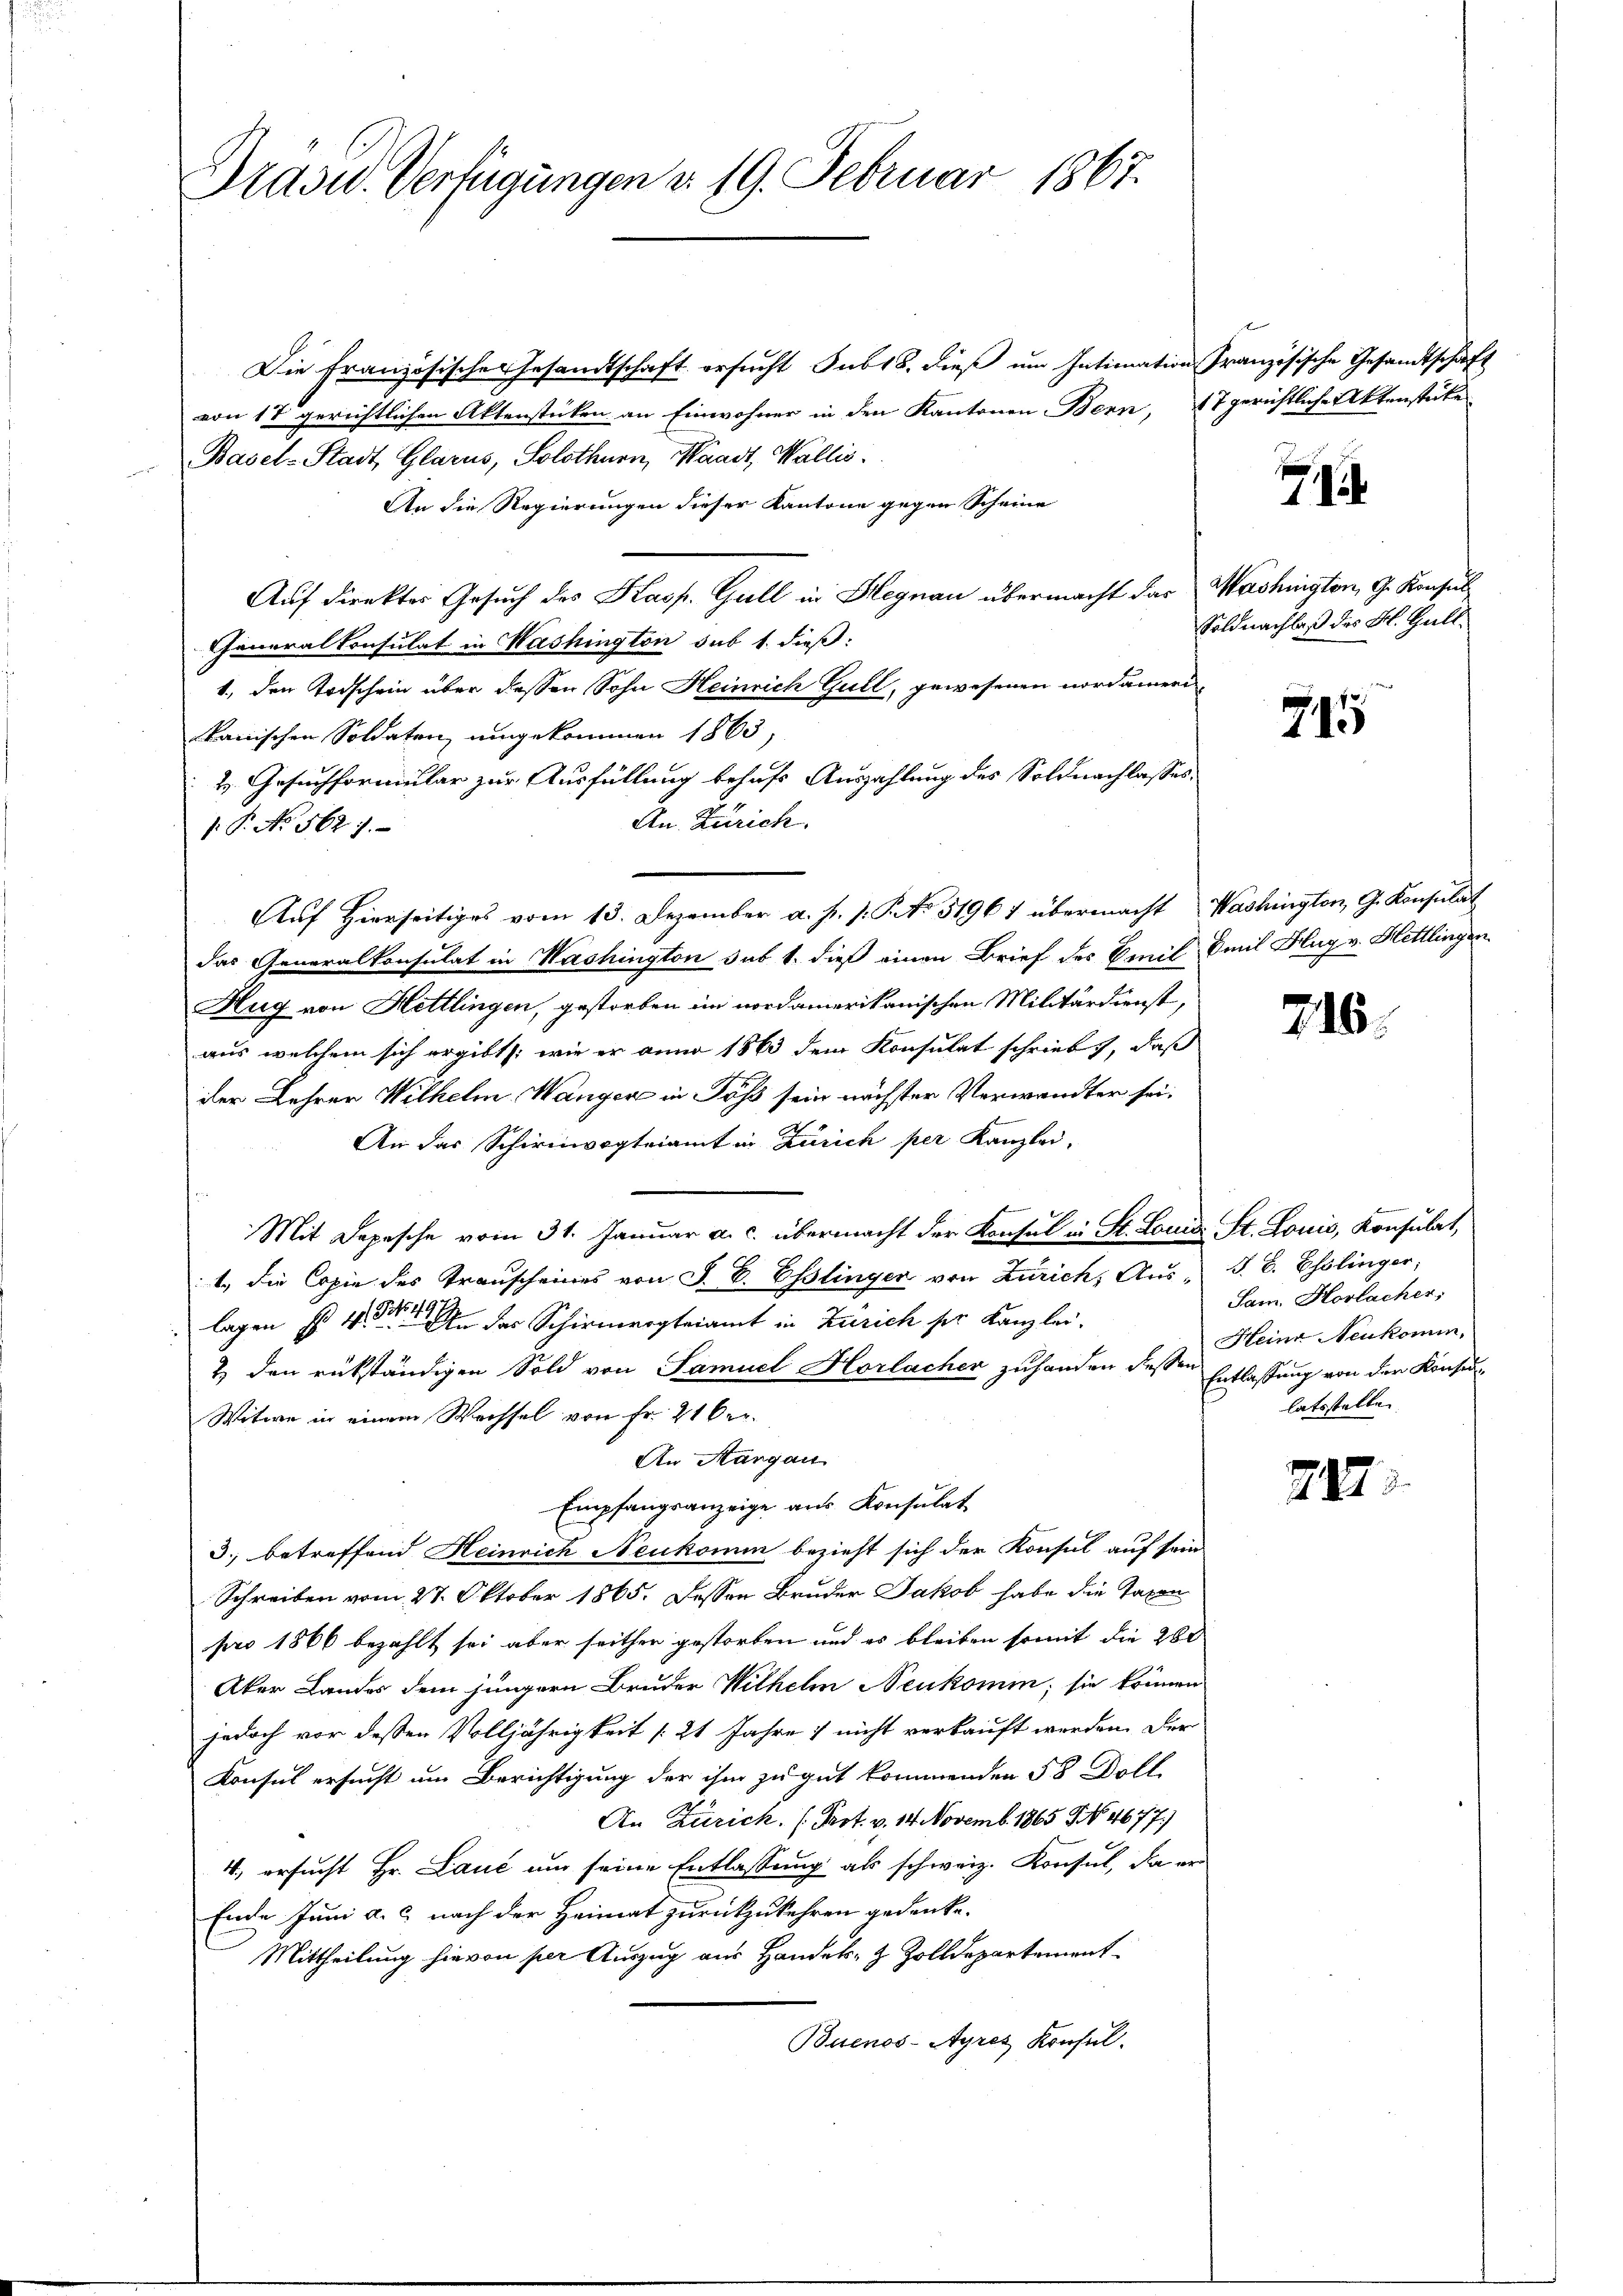
Präsid.. Verfügungen d. 19. Februar 1867.

Die Französisches Gesandtschaft ersucht Sub 18. dieß um Intimation französische Gesandtschaft
von 17 gerichtlichen Aktenstücken an Einwohner in den Kantonen Bern, 7 gerichtliche Aktenstücke
Basel-Stadt, Glarus, Solothurn, Waadt, Wallis.
An die Regierungen dieser Kantone gegen Scheine
Auf direktes Gesuch des Kasp. Gull in Hegnau übermacht das
Generalkonsulat in Washington sub 1. dieß:
1., den Todschein über dessen Sohn Heinrich Gull, gewesenen nordamer
kanischen Soldaten umgekommen 1863,
H. Gesuchformular zur Ausfüllung behufs Auszahlung des Soldnachlasses.
An. Zürich.
.P. No. 562 f.
Auf Hierseitiges vom 13. Dezember a. f. s. S. No. 31967 übermacht Washingten, G. Konsulat
das Generalkonsulat in Washington sub 1. dieß einen Brief des Emil
Hug von Hettlingen, gestorben im nordamerikanischen Militärdienst,
aus welchem sich ergibt /: wie er anno 1863 dem Konsulat schrieb, daß
der Lehrer Wilhelm Wanger in Töß sein nächster Verwandter sei.
An das Schirmvogteiamt in Zürich per Kanzlei-
Mit Depesche vom 31. Januar a. c. übermacht der Konsul in St. Louis St. Louis, Konsulat,
1. die Copie des Transcheines von J. C. Esslinger von Zürich, Aŭs, S. B. Esslinger,
lagen        der Schirmergteiamt in Zürich ser Kanzlei.
2. den rükständigen Sold von Samuel Horlacher zuhanden dessen
Witwe in einem Wechsel von Fr. 21 Oer
An Stangau
Empfangsanzeige aus Konsulat
3. betreffend Heinrich Neukomm bezieht sich der Konsul auf sein
Schreiben vom 27. Oktober 1865. Dessen Bruder Jakob habe die Taxen
pro 1866 bezahlt sei aber seither gestorben und es bleiben somit die 280
Aber Landes dem jüngern Bruder Wilhelm Neukommn; sie können
jedoch vor dessen Volljährigkeit [ 21 Jahre & nicht verkauft werden. Der
Konsul ersucht um Berichtigung der ihm zu gut kommenden 58 Doll
An Zürich. (Prot. v. 14. Novemb. 1865 NNo. 4677.)
4, ersucht Hr. Lauć um seine Entlassung als schweiz. Konsul, da er
Ende Juni a. c. nach der Heimat zurückzukehren gedenke.
Mittheilung hievon per Auszug aus Handels- & Zolldepartement
Buenos-Ayres Konsul

71

Mashington, G. Konsul
Soldnachlaß des H. Gall¬

745

Emil Hug v. Hettlingen

716.

Sam. Horlacher;
Heine Neukommn
Entlassung von der Konsenlatsstelle.

24: